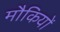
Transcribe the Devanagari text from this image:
मौकियों